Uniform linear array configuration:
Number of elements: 16
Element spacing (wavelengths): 0.75
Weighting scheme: hann
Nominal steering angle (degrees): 0
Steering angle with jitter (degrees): -0.2217
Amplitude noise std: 0.05
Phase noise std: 0.05

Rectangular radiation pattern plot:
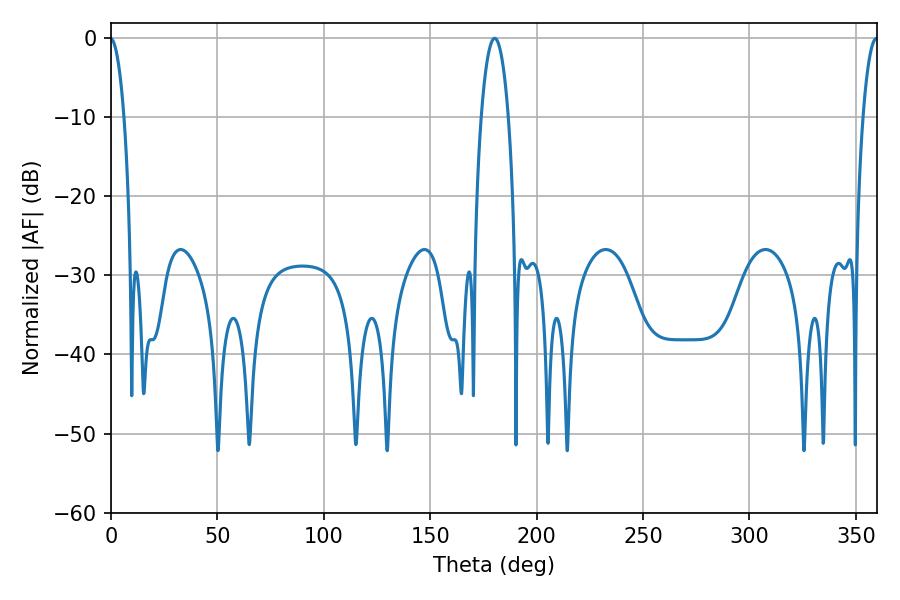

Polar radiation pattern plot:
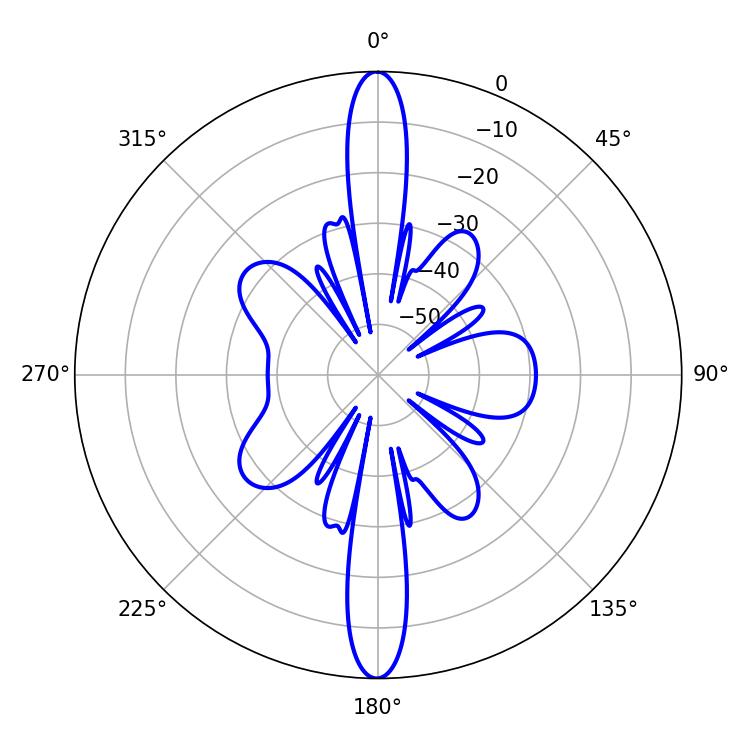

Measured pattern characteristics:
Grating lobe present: TRUE
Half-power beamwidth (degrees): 7.02
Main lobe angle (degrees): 180.36